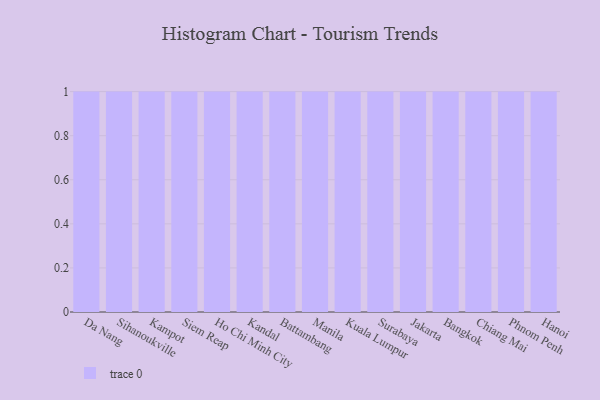
{"axis": {"x": "City", "y": "Budget (USD K)"}, "legend": [""], "data": [{"x": "Da Nang", "y": 80, "type": ""}, {"x": "Sihanoukville", "y": 18, "type": ""}, {"x": "Kampot", "y": 63, "type": ""}, {"x": "Siem Reap", "y": 93, "type": ""}, {"x": "Ho Chi Minh City", "y": 15, "type": ""}, {"x": "Kandal", "y": 65, "type": ""}, {"x": "Battambang", "y": 94, "type": ""}, {"x": "Manila", "y": 42, "type": ""}, {"x": "Kuala Lumpur", "y": 83, "type": ""}, {"x": "Surabaya", "y": 100, "type": ""}, {"x": "Jakarta", "y": 16, "type": ""}, {"x": "Bangkok", "y": 86, "type": ""}, {"x": "Chiang Mai", "y": 13, "type": ""}, {"x": "Phnom Penh", "y": 80, "type": ""}, {"x": "Hanoi", "y": 38, "type": ""}]}